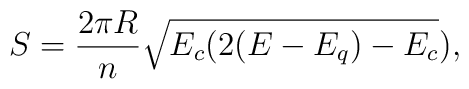
S =\frac{2\pi R}{n}\sqrt{E_c(2(E-E_q)-E_c}),